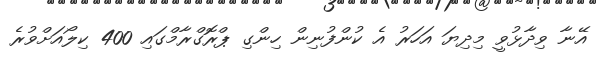
އޭނާ ވިދާޅުވީ މިދިޔަ އަހަރު އެ ކުންފުނިން ހިންގި ޕްރޮގްރާމްގައި 400 ކިލޯއަށްވުރެ